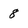
Character: 8